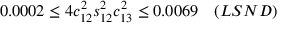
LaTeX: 0 . 0 0 0 2 \leq 4 c _ { 1 2 } ^ { 2 } s _ { 1 2 } ^ { 2 } c _ { 1 3 } ^ { 2 } \leq 0 . 0 0 6 9 ~ ~ ~ ( L S N D )